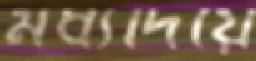
মধ্যদিয়ে